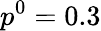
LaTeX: p^{0}=0.3